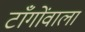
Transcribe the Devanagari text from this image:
टाँगोंवाला